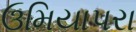
ઉમિયાપરા